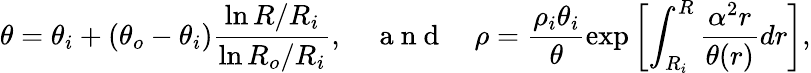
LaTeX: \theta=\theta_{i}+(\theta_{o}-\theta_{i})\frac{\ln{R/R_{i}}}{\ln{R_{o}/R_{i}}},\quad\mathrm{~a~n~d~}\quad\rho=\frac{\rho_{i}\theta_{i}}{\theta}\exp\left[\int_{R_{i}}^{R}\frac{\alpha^{2}r}{\theta(r)}dr\right],